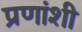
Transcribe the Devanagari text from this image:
प्रणांशी